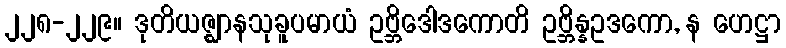
၂၂၈-၂၂၉။ ဒုတိယဇ္ဈာနသုခူပမာယံ ဥဗ္ဘိဒေါဒကောတိ ဥဗ္ဘိန္နဥဒကော, န ဟေဋ္ဌာ